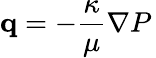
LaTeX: {\mathbf q}=-\frac{\kappa}{\mu}\nabla P\,